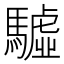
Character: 驉